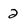
Character: 2